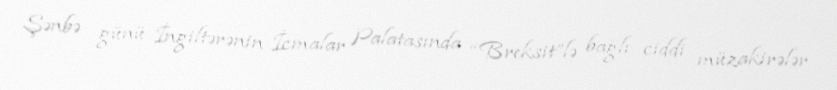
Şənbə günü İngiltərənin İcmalar Palatasında “Breksit”lə bağlı ciddi müzakirələr